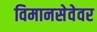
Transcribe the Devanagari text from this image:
विमानसेवेवर